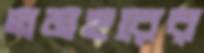
তমহরের